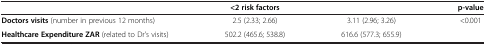
<table><thead><tr><td>[EMPTY_CELL]</td><td><b>&lt;2 risk factors</b></td><td>[EMPTY_CELL]</td><td><b>p-value</b></td></tr></thead><tbody><tr><td><b>Doctors visits</b> (number in previous 12 months)</td><td>2.5 (2.33; 2.66)</td><td>3.11 (2.96; 3.26)</td><td>&lt;0.001</td></tr><tr><td><b>Healthcare Expenditure ZAR</b> (related to Dr’s visits)</td><td>502.2 (465.6; 538.8)</td><td>616.6 (577.3; 655.9)</td><td>[EMPTY_CELL]</td></tr></tbody></table>